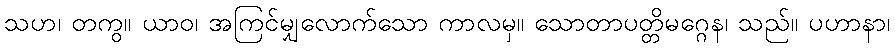
သဟ၊ တကွ။ ယာဝ၊ အကြင်မျှလောက်သော ကာလမှ။ သောတာပတ္တိမဂ္ဂေန၊ သည်။ ပဟာနာ၊